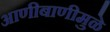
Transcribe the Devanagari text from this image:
आणीबाणीमुळे